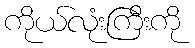
ကိုယ်လုံးကြီးကို